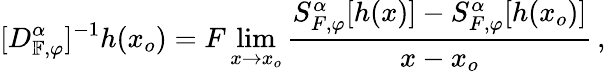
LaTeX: [D_{\mathbb{F},\varphi}^{\alpha}]^{-1}h(x_{o})=F\operatorname*{lim}_{x\rightarrow x_{o}}\frac{S_{F,\varphi}^{\alpha}[h(x)]-S_{F,\varphi}^{\alpha}[h(x_{o})]}{x-x_{o}}\, ,